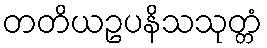
တတိယဥပနိသသုတ္တံ